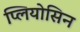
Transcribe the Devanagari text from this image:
प्लियोसिन